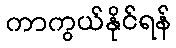
ကာကွယ်နိုင်ရန်